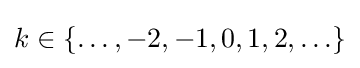
k\in \{\ldots ,-2,-1,0,1,2,\ldots \}